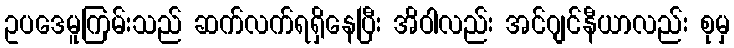
ဥပဒေမူကြမ်းသည် ဆက်လက်ရရှိနေပြီး အိဝါလည်း အင်ဂျင်နီယာလည်း စုမှ